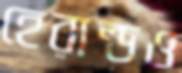
হেরাল্ডও